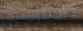
ماسترسون